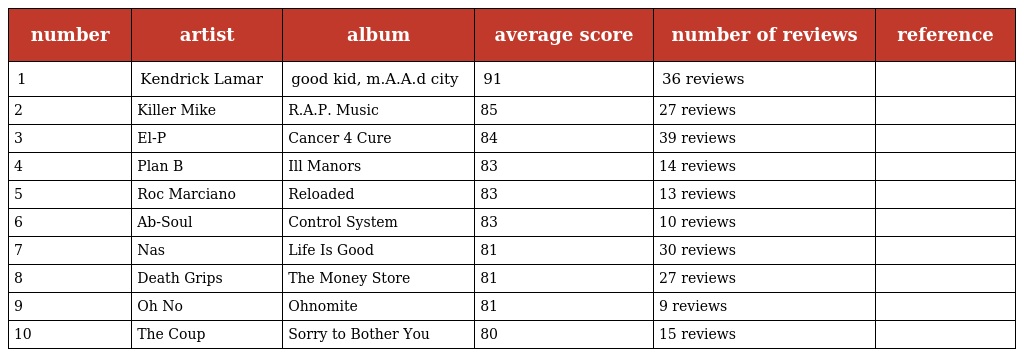
| number | artist | album | average score | number of reviews | reference |
 | --- | --- | --- | --- | --- | --- |
 | 1 | Kendrick Lamar | good kid, m.A.A.d city | 91 | 36 reviews |  |
 | 2 | Killer Mike | R.A.P. Music | 85 | 27 reviews |  |
 | 3 | El-P | Cancer 4 Cure | 84 | 39 reviews |  |
 | 4 | Plan B | Ill Manors | 83 | 14 reviews |  |
 | 5 | Roc Marciano | Reloaded | 83 | 13 reviews |  |
 | 6 | Ab-Soul | Control System | 83 | 10 reviews |  |
 | 7 | Nas | Life Is Good | 81 | 30 reviews |  |
 | 8 | Death Grips | The Money Store | 81 | 27 reviews |  |
 | 9 | Oh No | Ohnomite | 81 | 9 reviews |  |
 | 10 | The Coup | Sorry to Bother You | 80 | 15 reviews |  |